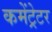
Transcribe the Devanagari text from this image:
कमेंट्रेटर